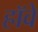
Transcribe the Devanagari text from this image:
हॉवे